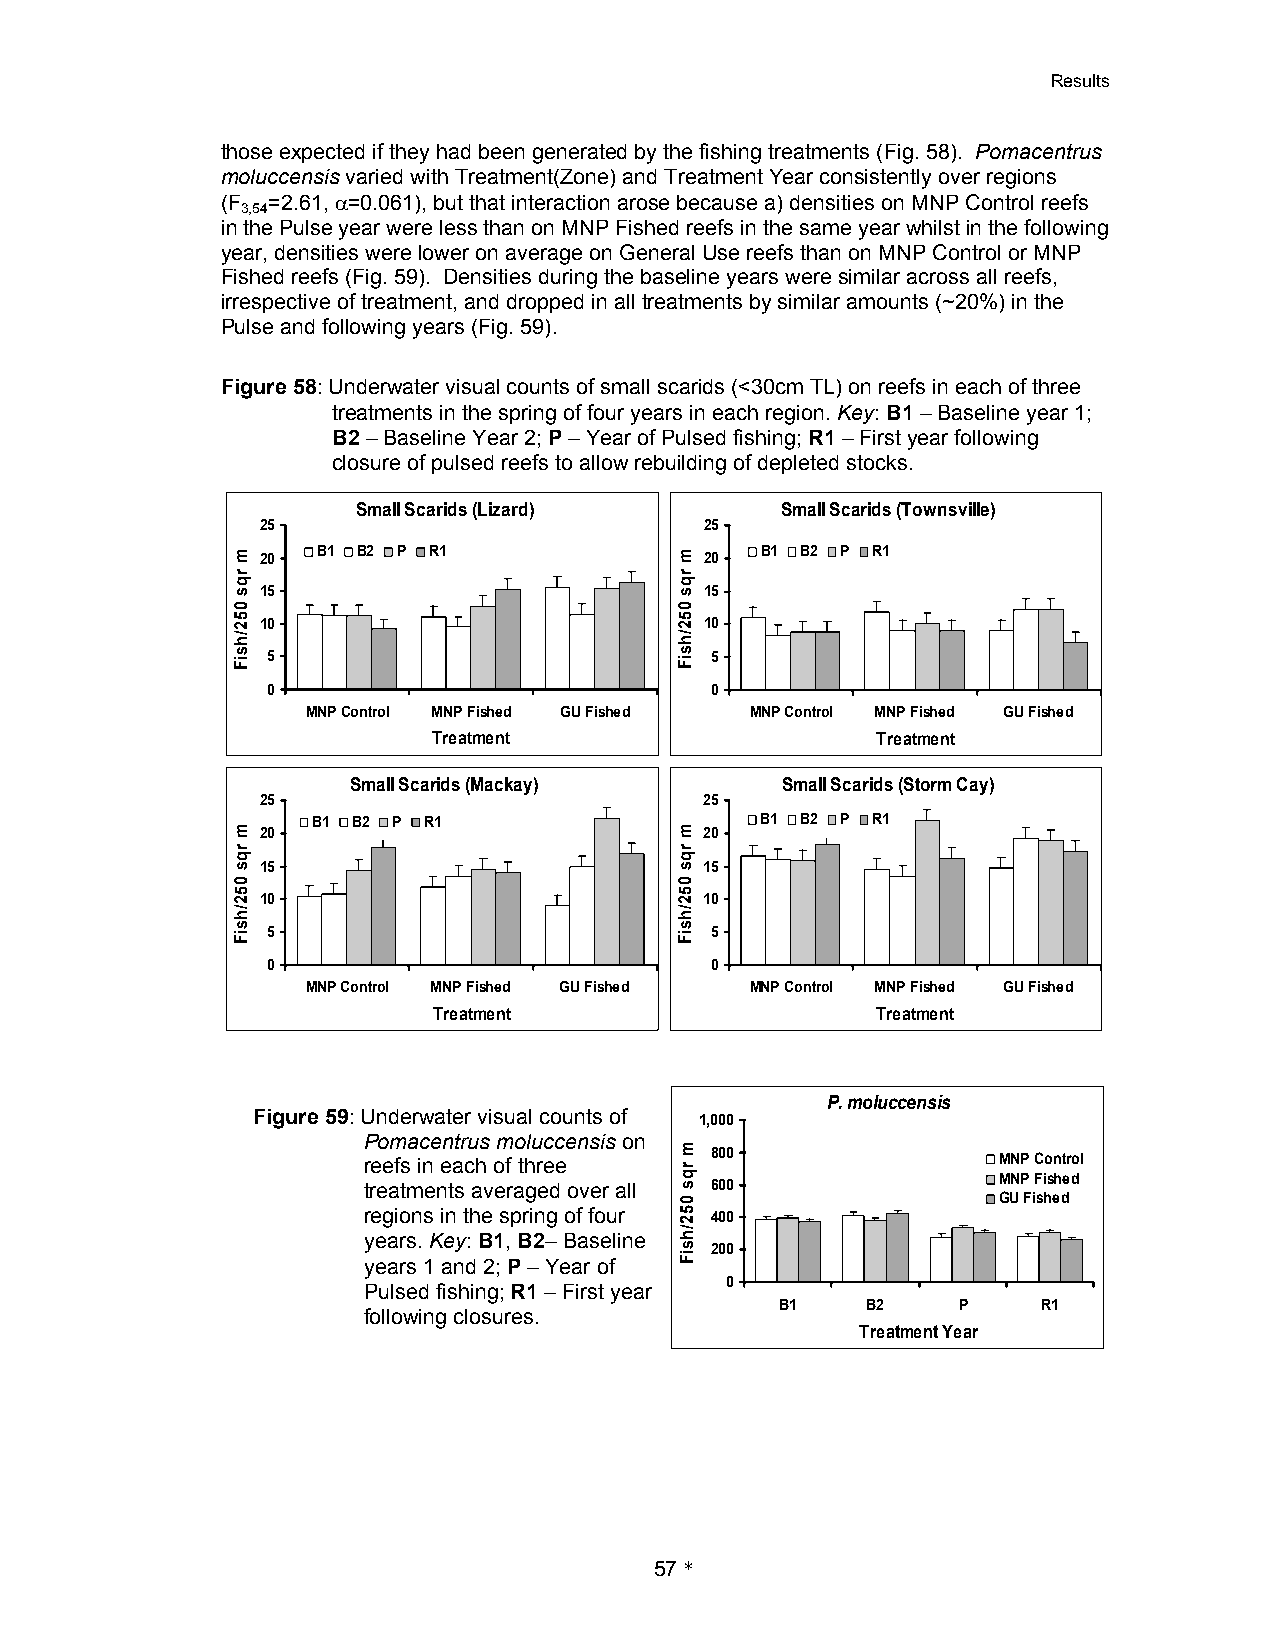
Results
 those expected if they had been generated by the fishing treatments (Fig. 58). Pomacentrus
 moluccensis varied with Treatment(Zone) and Treatment Year consistently over regions
 (F =2.61, 0=0.061), but that interaction arose because a) densities on MNP Control reefs
 3,54
 in the Pulse year were less than on MNP Fished reefs in the same year whilst in the following
 year, densities were lower on average on General Use reefs than on MNP Control or MNP
 Fished reefs (Fig. 59). Densities during the baseline years were similar across all reefs,
 irrespective of treatment, and dropped in all treatments by similar amounts (~20%) in the
 Pulse and following years (Fig. 59).
 Figure 58: Underwater visual counts of small scarids (<30cm TL) on reefs in each of three
 treatments in the spring of four years in each region. Key: B1 – Baseline year 1;
 B2 – Baseline Year 2; P – Year of Pulsed fishing; R1 – First year following
 closure of pulsed reefs to allow rebuilding of depleted stocks.
 Small Scarids (Lizard)      Small Scarids (Townsville)
 25                            25
 B1 B2 P R1                   B1 B2 P R1 20 20
 15                            15
 10                            10
 5                            5
 0                            0
 MNP Control MNP Fished GU Fished MNP Control MNP Fished GU Fished
 Treatment                    Treatment
 Small Scarids (Mackay)       Small Scarids (Storm Cay)
 25                            25
 B1 B2 P R1                   B1 B2 P R1
 20                            20
 15                            15
 10                            10
 5                            5
 0                            0
 MNP Control MNP Fished GU Fished MNP Control MNP Fished GU Fished
 Treatment                    Treatment
 P. moluccensis
 Figure 59: Underwater visual counts of 1,000
 Pomacentrus moluccensis on
 reefs in each of three 800                MNP Control
 treatments averaged over all 600          MNP Fished
 GU Fished
 regions in the spring of four 400
 years. Key: B1, B2– Baseline
 200
 years 1 and 2; P – Year of
 0
 Pulsed fishing; R1 – First year
 B1   B2    P     R1
 following closures.
 Treatment Year
 57*
 m
 rqs
 052/hsiF
 m
 rqs
 052/hsiF
 m
 rqs
 052/hsiF
 m
 rqs
 052/hsiF
 m rqs
 052/hsiF